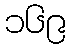
၁၆၉